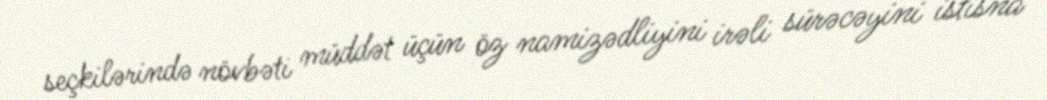
seçkilərində növbəti müddət üçün öz namizədliyini irəli sürəcəyini istisna